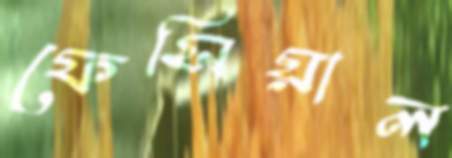
ফেসিয়াল